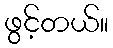
ဖွင့်တယ်။